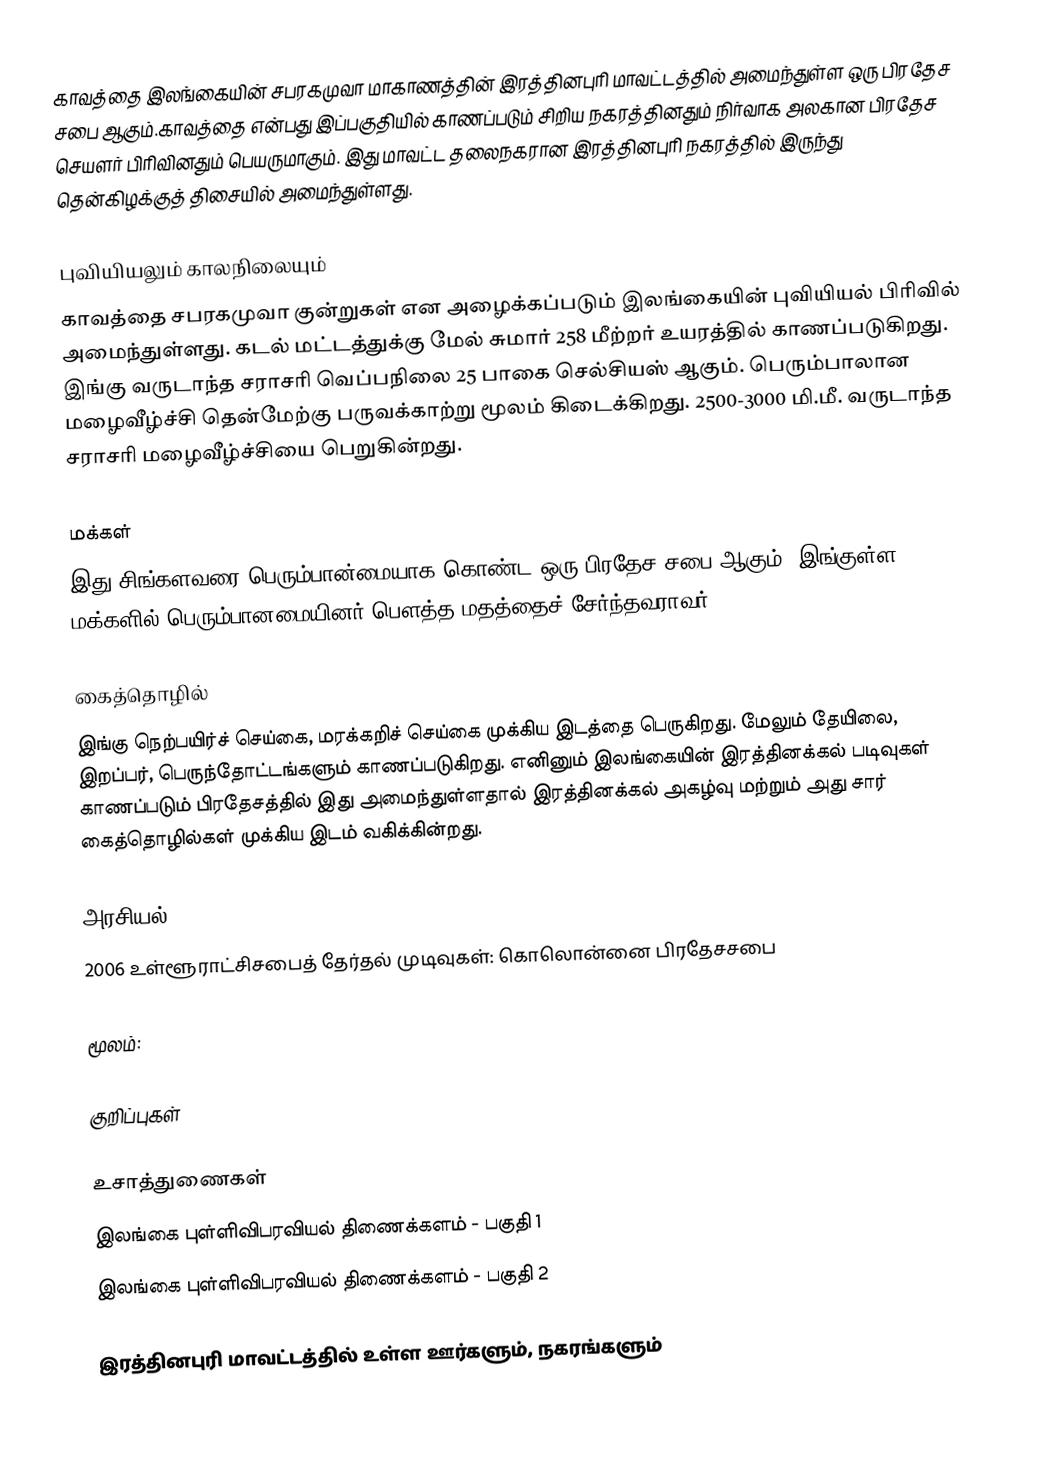
காவத்தை இலங்கையின் சபரகமுவா மாகாணத்தின் இரத்தினபுரி மாவட்டத்தில் அமைந்துள்ள ஒரு பிரதேச சபை ஆகும்.காவத்தை என்பது இப்பகுதியில் காணப்படும்  சிறிய நகரத்தினதும் நிர்வாக அலகான பிரதேச செயளர் பிரிவினதும் பெயருமாகும். இது மாவட்ட தலைநகரான இரத்தினபுரி நகரத்தில் இருந்து  தென்கிழக்குத் திசையில்  அமைந்துள்ளது.

புவியியலும் காலநிலையும்
காவத்தை  சபரகமுவா குன்றுகள் என அழைக்கப்படும்  இலங்கையின் புவியியல் பிரிவில் அமைந்துள்ளது. கடல் மட்டத்துக்கு மேல் சுமார் 258 மீற்றர்  உயரத்தில் காணப்படுகிறது. இங்கு வருடாந்த சராசரி வெப்பநிலை 25 பாகை செல்சியஸ் ஆகும். பெரும்பாலான மழைவீழ்ச்சி தென்மேற்கு பருவக்காற்று மூலம் கிடைக்கிறது. 2500-3000 மி.மீ. வருடாந்த சராசரி மழைவீழ்ச்சியை பெறுகின்றது.

மக்கள்
இது சிங்களவரை பெரும்பான்மையாக கொண்ட ஒரு பிரதேச சபை ஆகும். இங்குள்ள மக்களில் பெரும்பானமையினர் பௌத்த மதத்தைச் சேர்ந்தவராவர்.

கைத்தொழில்
இங்கு நெற்பயிர்ச் செய்கை, மரக்கறிச் செய்கை முக்கிய இடத்தை பெருகிறது. மேலும் தேயிலை, இறப்பர், பெருந்தோட்டங்களும் காணப்படுகிறது. எனினும் இலங்கையின் இரத்தினக்கல் படிவுகள் காணப்படும் பிரதேசத்தில் இது அமைந்துள்ளதால் இரத்தினக்கல் அகழ்வு மற்றும் அது சார் கைத்தொழில்கள் முக்கிய இடம் வகிக்கின்றது.

அரசியல்
2006　உள்ளூராட்சிசபைத்　தேர்தல்　முடிவுகள்:　கொலொன்னை　பிரதேசசபை

மூலம்:

குறிப்புகள்

உசாத்துணைகள்
 இலங்கை புள்ளிவிபரவியல் திணைக்களம் - பகுதி 1
 இலங்கை புள்ளிவிபரவியல் திணைக்களம் - பகுதி 2

இரத்தினபுரி மாவட்டத்தில் உள்ள ஊர்களும், நகரங்களும்